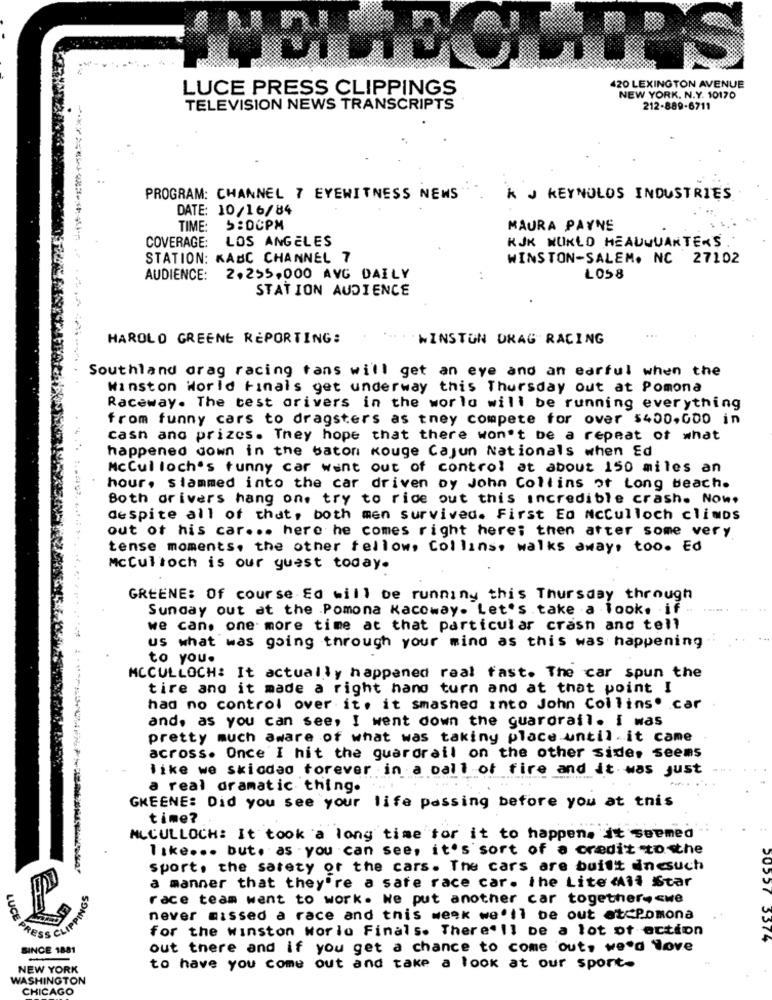
420 LEXINGTON AVENUE
LUCE PRESS CLIPPINGS
NEW YORK, N.Y. 10170
TELEVISION NEWS TRANSCRIPTS
212-889-6711
PROGRAM: CHANNEL 7 EYEWITNESS NEWS
k J REYNOLDS INDUSTRIES
DATE: 10/16/84
TIME: 5:00PM
MAURA PAYNE
LOS ANGELES
KJK WORLD HEADQUARTERS.
COVERAGE:
STATION: KABC CHANNEL 7
WINSTON-SALEM. NC 27102
AUDIENCE: 2,255.000 AVG DAILY
LOS8
STATION AUDIENCE
HAROLD GREENE REPORTING:
WINSTON DRAG RACING
Southland drag racing tans will get an eye and an earful when the
Winston World Finals get underway this Thursday out at Pomona
Raceway. The test orivers in the world will be running everything
from funny cars to dragsters as tney compete for over $400,000 in
cash and prizes. They hope that there won't be a repeat of what
happened down in the baton Kouge Cajun Nationals when Ed
McCulloch's tunny car went out of control at about 150 miles an
hour, slammed into the car driven by John Collins of Long beach.
1 .== 197.
Both orivers hang on. try to ride out this incredible crash. Now.
despite all of that, both men survived. First Ed NcCulloch climbs
out of his car ... here he comes right here; then after some very
tense moments. the other fellow, Collins, walks away, too. Ed
McCulloch is our guest today.
GREENE: Of course Ed will be running this Thursday through
Sunday out at the Pomona Kacoway. Let's take a look. if
we can. one more time at that particular crash and tell
us what was going through your mind as this was happening
to you.
MCCULLOCH: It actually happened real fast. The car spun the
tire and it made a right hang turn and at that point I
had no control over it. it smashed into John Collins. car
and, as you can see, I went down the guardrail. i was
pretty much aware of what was taking place until it came
across. Once I hit the guardrail on the other side, seems
like we skiodao forever in a call of fire and it was just
a real dramatic thing.
GREENE: Did you see your life passing before you at tnis
time?
MCCULLOCH: It took a long time tor it to happen. it seemed
like ... but. as - you can see, it's sort of a credit tosthe
sport. the safety of the cars. The cars are built dnesuch
a manner that they're a safe race car. ihe Lite All Star
race team want to work. We put another car together .< we
LUCE
never missed a race and this week we'll be out etcPomona
for the winston worlo Finals. There'll be a lot of ection
5574
SINCE 1881
out there and if you get a chance to come out, we'd love
NEW YORK
to have you come out and take a look at our sport-
WASHINGTON
CHICAGO